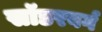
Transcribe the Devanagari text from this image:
सॉडरबर्ग